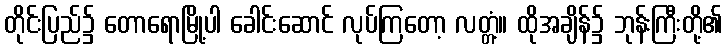
တိုင်းပြည်၌ တောရောမြို့ပါ ခေါင်းဆောင် လုပ်ကြတော့ လတ္တံ့။ ထိုအချိန်၌ ဘုန်းကြီးတို့၏